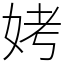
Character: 㛈